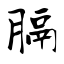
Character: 膈